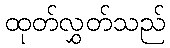
ထုတ်လွှတ်သည်